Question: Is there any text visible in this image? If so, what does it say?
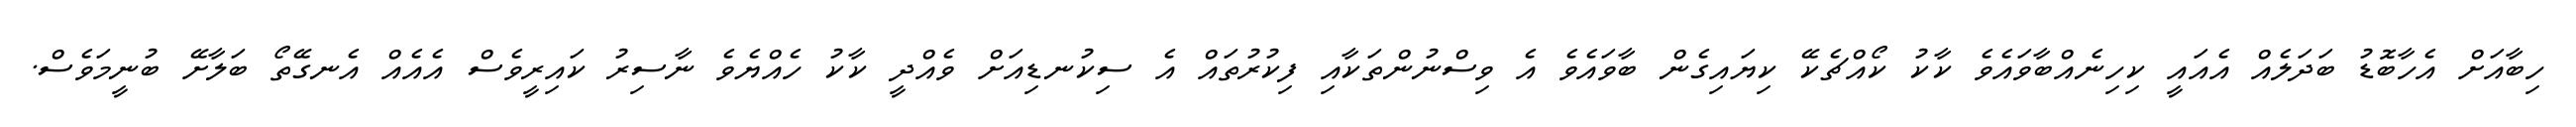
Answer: ހިބާއަށް އެހާބޮޑު ބަދަލެއް އެއައީ ކިހިނެއްބާވައެވެ ކާކު ކޯއްޗެކޭ ކިޔައިގެން ބާވައެވެ އެ ވިސްނުންތަކާއި ފިކުރުތައް އެ ސިކުނޑިއަށް ވެއްދީ ކާކު ހެއްޔެވެ ނާސިރު ކައިރީވެސް އެއެއް އެނގޭތޯ ބަލާށޭ ބުނީމަވެސް.